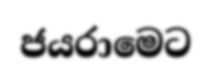
ජයරාමෙට